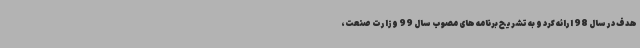
هدف در سال 98 ارائه کرد و به تشریح برنامه های مصوب سال 99 وزارت صنعت،